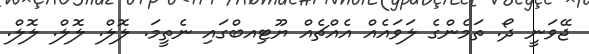
ޖޭވަނީ ދޯ. ތަމެންގެ ލަވައެއް އެއްޗެއް ޔޫޓިއބްގައި ނެތީމަ. ލޮލް. ލޮލް. ލޮލް.